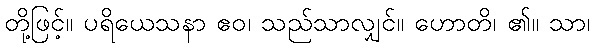
တို့ဖြင့်။ ပရိယေသနာ ဧဝ၊ သည်သာလျှင်။ ဟောတိ၊ ၏။ သာ၊